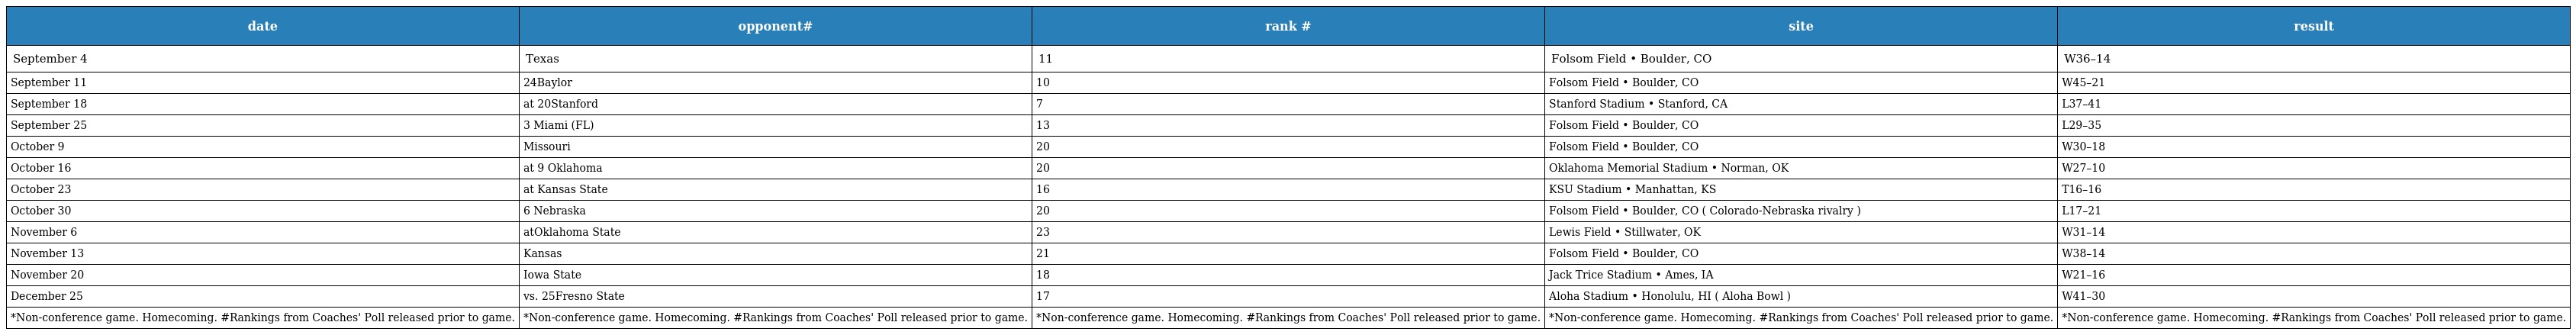
| date | opponent# | rank # | site | result |
 | --- | --- | --- | --- | --- |
 | September 4 | Texas | 11 | Folsom Field • Boulder, CO | W36–14 |
 | September 11 | 24Baylor | 10 | Folsom Field • Boulder, CO | W45–21 |
 | September 18 | at 20Stanford | 7 | Stanford Stadium • Stanford, CA | L37–41 |
 | September 25 | 3 Miami (FL) | 13 | Folsom Field • Boulder, CO | L29–35 |
 | October 9 | Missouri | 20 | Folsom Field • Boulder, CO | W30–18 |
 | October 16 | at 9 Oklahoma | 20 | Oklahoma Memorial Stadium • Norman, OK | W27–10 |
 | October 23 | at Kansas State | 16 | KSU Stadium • Manhattan, KS | T16–16 |
 | October 30 | 6 Nebraska | 20 | Folsom Field • Boulder, CO ( Colorado-Nebraska rivalry ) | L17–21 |
 | November 6 | atOklahoma State | 23 | Lewis Field • Stillwater, OK | W31–14 |
 | November 13 | Kansas | 21 | Folsom Field • Boulder, CO | W38–14 |
 | November 20 | Iowa State | 18 | Jack Trice Stadium • Ames, IA | W21–16 |
 | December 25 | vs. 25Fresno State | 17 | Aloha Stadium • Honolulu, HI ( Aloha Bowl ) | W41–30 |
 | *Non-conference game. Homecoming. #Rankings from Coaches' Poll released prior to game. | *Non-conference game. Homecoming. #Rankings from Coaches' Poll released prior to game. | *Non-conference game. Homecoming. #Rankings from Coaches' Poll released prior to game. | *Non-conference game. Homecoming. #Rankings from Coaches' Poll released prior to game. | *Non-conference game. Homecoming. #Rankings from Coaches' Poll released prior to game. |